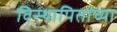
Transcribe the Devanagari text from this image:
विस्थापितांच्या